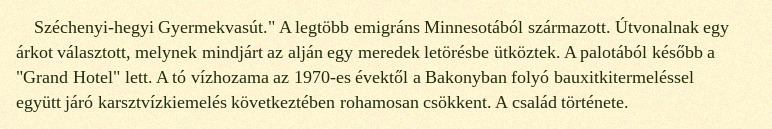
Széchenyi-hegyi Gyermekvasút." A legtöbb emigráns Minnesotából származott. Útvonalnak egy árkot választott, melynek mindjárt az alján egy meredek letörésbe ütköztek. A palotából később a "Grand Hotel" lett. A tó vízhozama az 1970-es évektől a Bakonyban folyó bauxitkitermeléssel együtt járó karsztvízkiemelés következtében rohamosan csökkent. A család története.